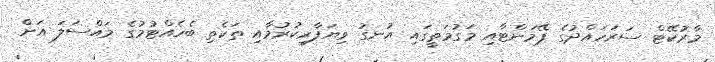
މާރުކޭޓް ސަރަހައްދުގެ ޕޭމަންޓާއި މަގުމަތީގައި އުނގު ވިޔަފާރިކުރުމާއި ތަކެތި ބެހެއްޓުމުގެ މައްސަލަ އަށް